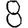
Digit: 8